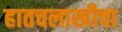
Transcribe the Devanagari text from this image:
हातचलाखीचा